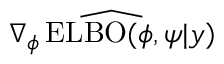
\widehat { \nabla _ { \phi } \operatorname { E L B O } ( \phi , \psi | y ) }